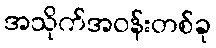
အသိုက်အဝန်းတစ်ခု